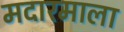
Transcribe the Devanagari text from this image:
मदारमाला